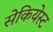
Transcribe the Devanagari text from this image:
सेकियेस्ट